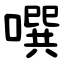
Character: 噀